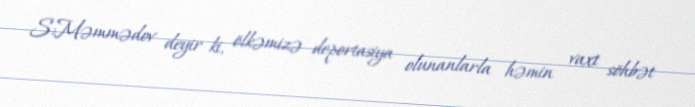
S.Məmmədov deyir ki, ölkəmizə deportasiya olunanlarla həmin vaxt söhbət